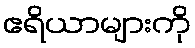
ဧရိယာများကို